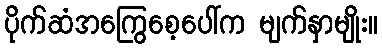
ပိုက်ဆံအကြွေစေ့ပေါ်က မျက်နှာမျိုး။